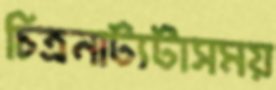
চিত্রনাট্যটাসময়